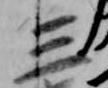
三